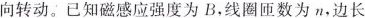
向转动。已知磁感应强度为B，线圈匝数为n，边长